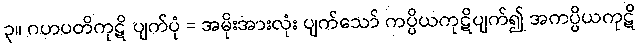
၃။ ဂဟပတိကုဋိ ပျက်ပုံ = အမိုးအားလုံး ပျက်သော် ကပ္ပိယကုဋိပျက်၍ အကပ္ပိယကုဋိ